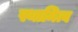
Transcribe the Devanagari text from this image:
स्थामित्व